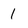
Character: 1